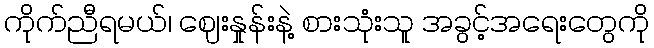
ကိုက်ညီရမယ်၊ ဈေးနှုန်းနဲ့ စားသုံးသူ အခွင့်အရေးတွေကို